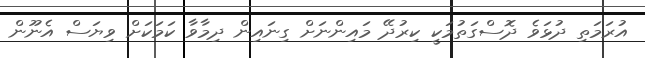
އުރަމަތި ދުޅަވެ ދޮސްގަތުމަކީ ކިރުދޭ މައިންނަށް ގިނައިން ދިމާވާ ކަމަކަށް ވިޔަސް އެނޫން